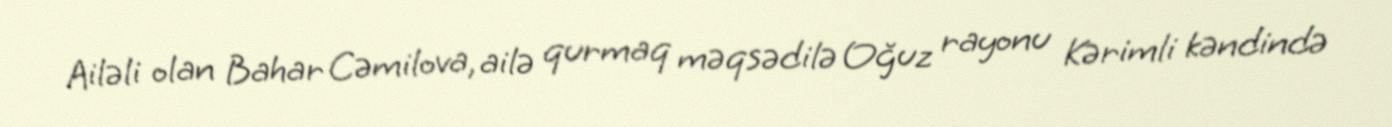
Ailəli olan Bahar Cəmilova, ailə qurmaq məqsədilə Oğuz rayonu Kərimli kəndində